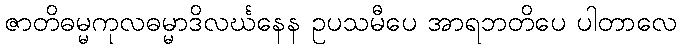
ဇာတိဓမ္မကုလဓမ္မာဒိလင်္ဃနေန ဥပသမီပေ အာရဘတိပေ ပါတာလေ